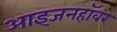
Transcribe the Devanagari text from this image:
आइजनहॉवर